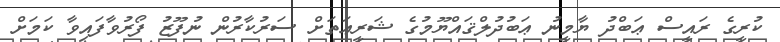
ކުރީގެ ރައީސް ޢަބްދު ޔާމީނު ޢަބުދުލްޤައްޔޫމުގެ ޝަރީޢަތަށް ސަރުކާރުން ނުފޫޒު ފޯރުވާފައިވާ ކަމަށް